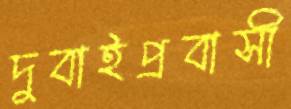
দুবাইপ্রবাসী